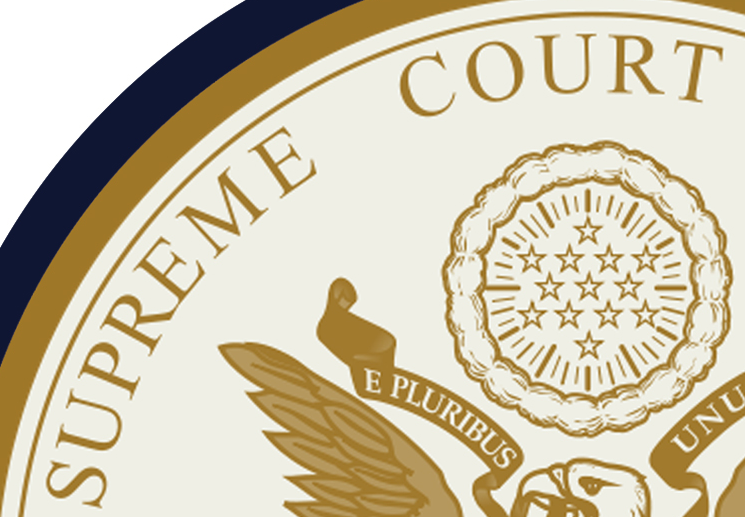
SUPREME COURT